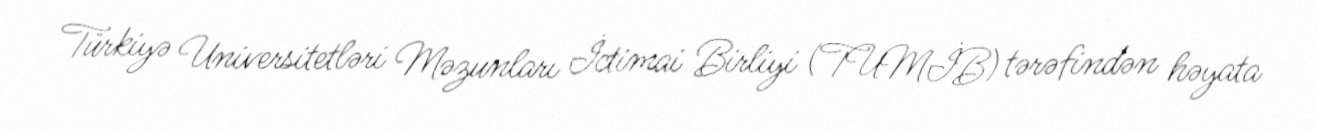
Türkiyə Universitetləri Məzunları İctimai Birliyi (TUMİB) tərəfindən həyata